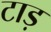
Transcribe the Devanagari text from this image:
टाड़